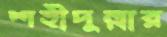
শহীদুল্লার